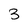
Character: 3